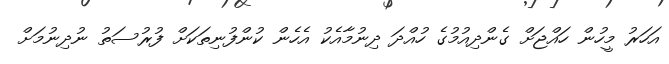
އަހަރު މީހުން ހައްޖަށް ގެންދިއުމުގެ ހުއްދަ ދިނުމާއެކު އެހެން ކުންފުނިތަކަށް ފުރުސަތު ނުދިނުމަށް